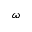
\omega